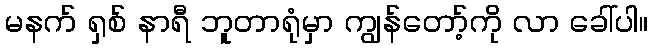
မနက် ရှစ် နာရီ ဘူတာရုံမှာ ကျွန်တော့်ကို လာ ခေါ်ပါ။